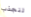
تنجذب